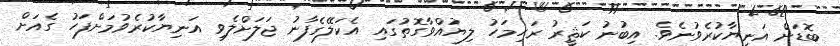
ބޮޑަށް އަނިޔާކުރެވުނެވެ. އިބުނު ކަޘީރު ރަޙިމަހު ލިޔުއްވާގޮތުގައި އެކަލޭގެފާނު ޖަލަށްލެވި އަނިޔާކުރެވުމަށްފަހު ގެއަށް